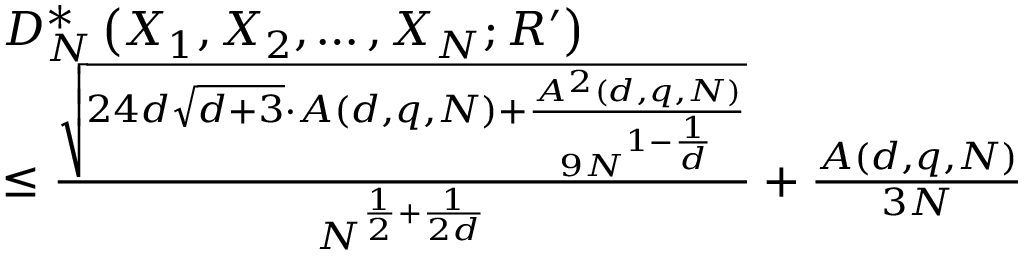
\begin{array} { r l } & { D _ { N } ^ { * } \left( X _ { 1 } , X _ { 2 } , \ldots , X _ { N } ; R ^ { \prime } \right) } \\ & { \leq \frac { \sqrt { 2 4 d \sqrt { d + 3 } \cdot A ( d , q , N ) + \frac { A ^ { 2 } ( d , q , N ) } { 9 N ^ { 1 - \frac { 1 } { d } } } } } { N ^ { \frac { 1 } { 2 } + \frac { 1 } { 2 d } } } + \frac { A ( d , q , N ) } { 3 N } } \end{array}